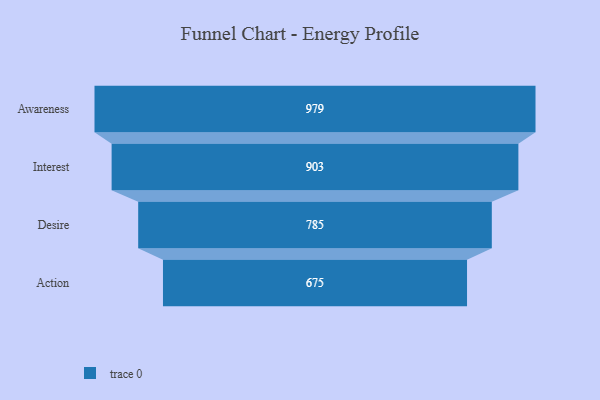
{"axis": {"x": "Stage", "y": "Value"}, "legend": [""], "data": [{"x": "Awareness", "y": 979.0, "type": ""}, {"x": "Interest", "y": 903.0, "type": ""}, {"x": "Desire", "y": 785.0, "type": ""}, {"x": "Action", "y": 675.0, "type": ""}]}